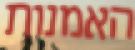
האמנות